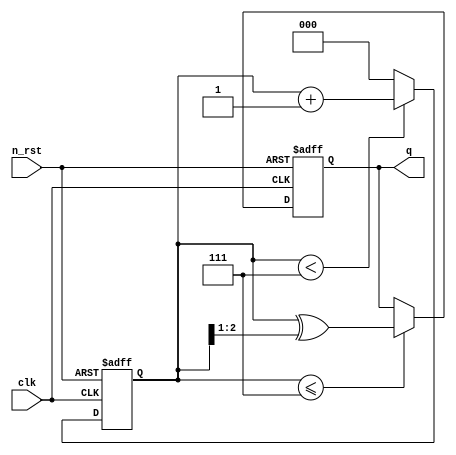
module gray_cnt (
    input clk,
    input n_rst,
    output reg [2:0] q
);

reg [2:0] cnt;

always @(posedge clk or negedge n_rst)
    if(!n_rst)
        cnt <= 3'h0;
    else
        cnt <= (cnt < 3'h7)? cnt + 3'h1 : 3'h0;

always @(posedge clk or negedge n_rst)
    if(!n_rst)
        q <= 3'b000;
    else begin
        if(cnt <= 3'h7)
            q <= cnt ^ (cnt >> 1);
    end
endmodule